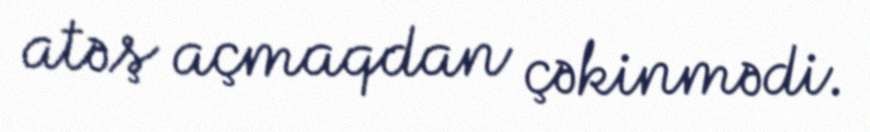
atəş açmaqdan çəkinmədi.